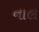
નાલ